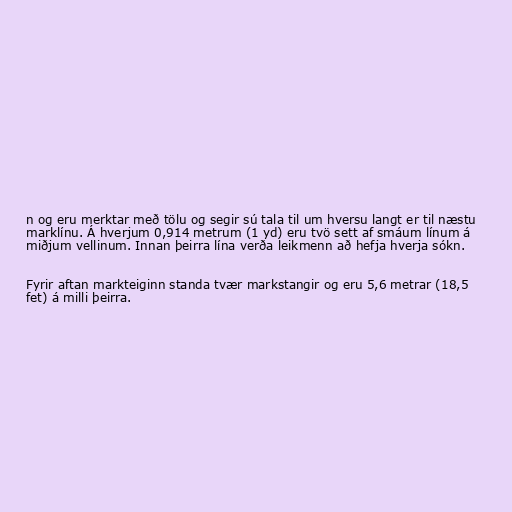
n og eru merktar með tölu og segir sú tala til um hversu langt er til næstu
marklínu. Á hverjum 0,914 metrum (1 yd) eru tvö sett af smáum línum á
miðjum vellinum. Innan þeirra lína verða leikmenn að hefja hverja sókn.

Fyrir aftan markteiginn standa tvær markstangir og eru 5,6 metrar (18,5
fet) á milli þeirra.